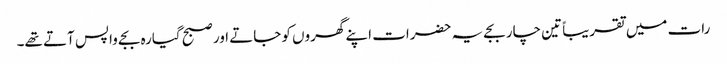
رات میں تقریباً تین چار بجے یہ حضرات اپنے گھروں کو جاتے اور صبح گیارہ بجے واپس آتے تھے۔